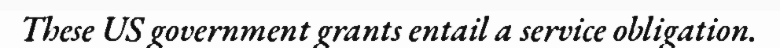
These US government grants entail a service obligation.